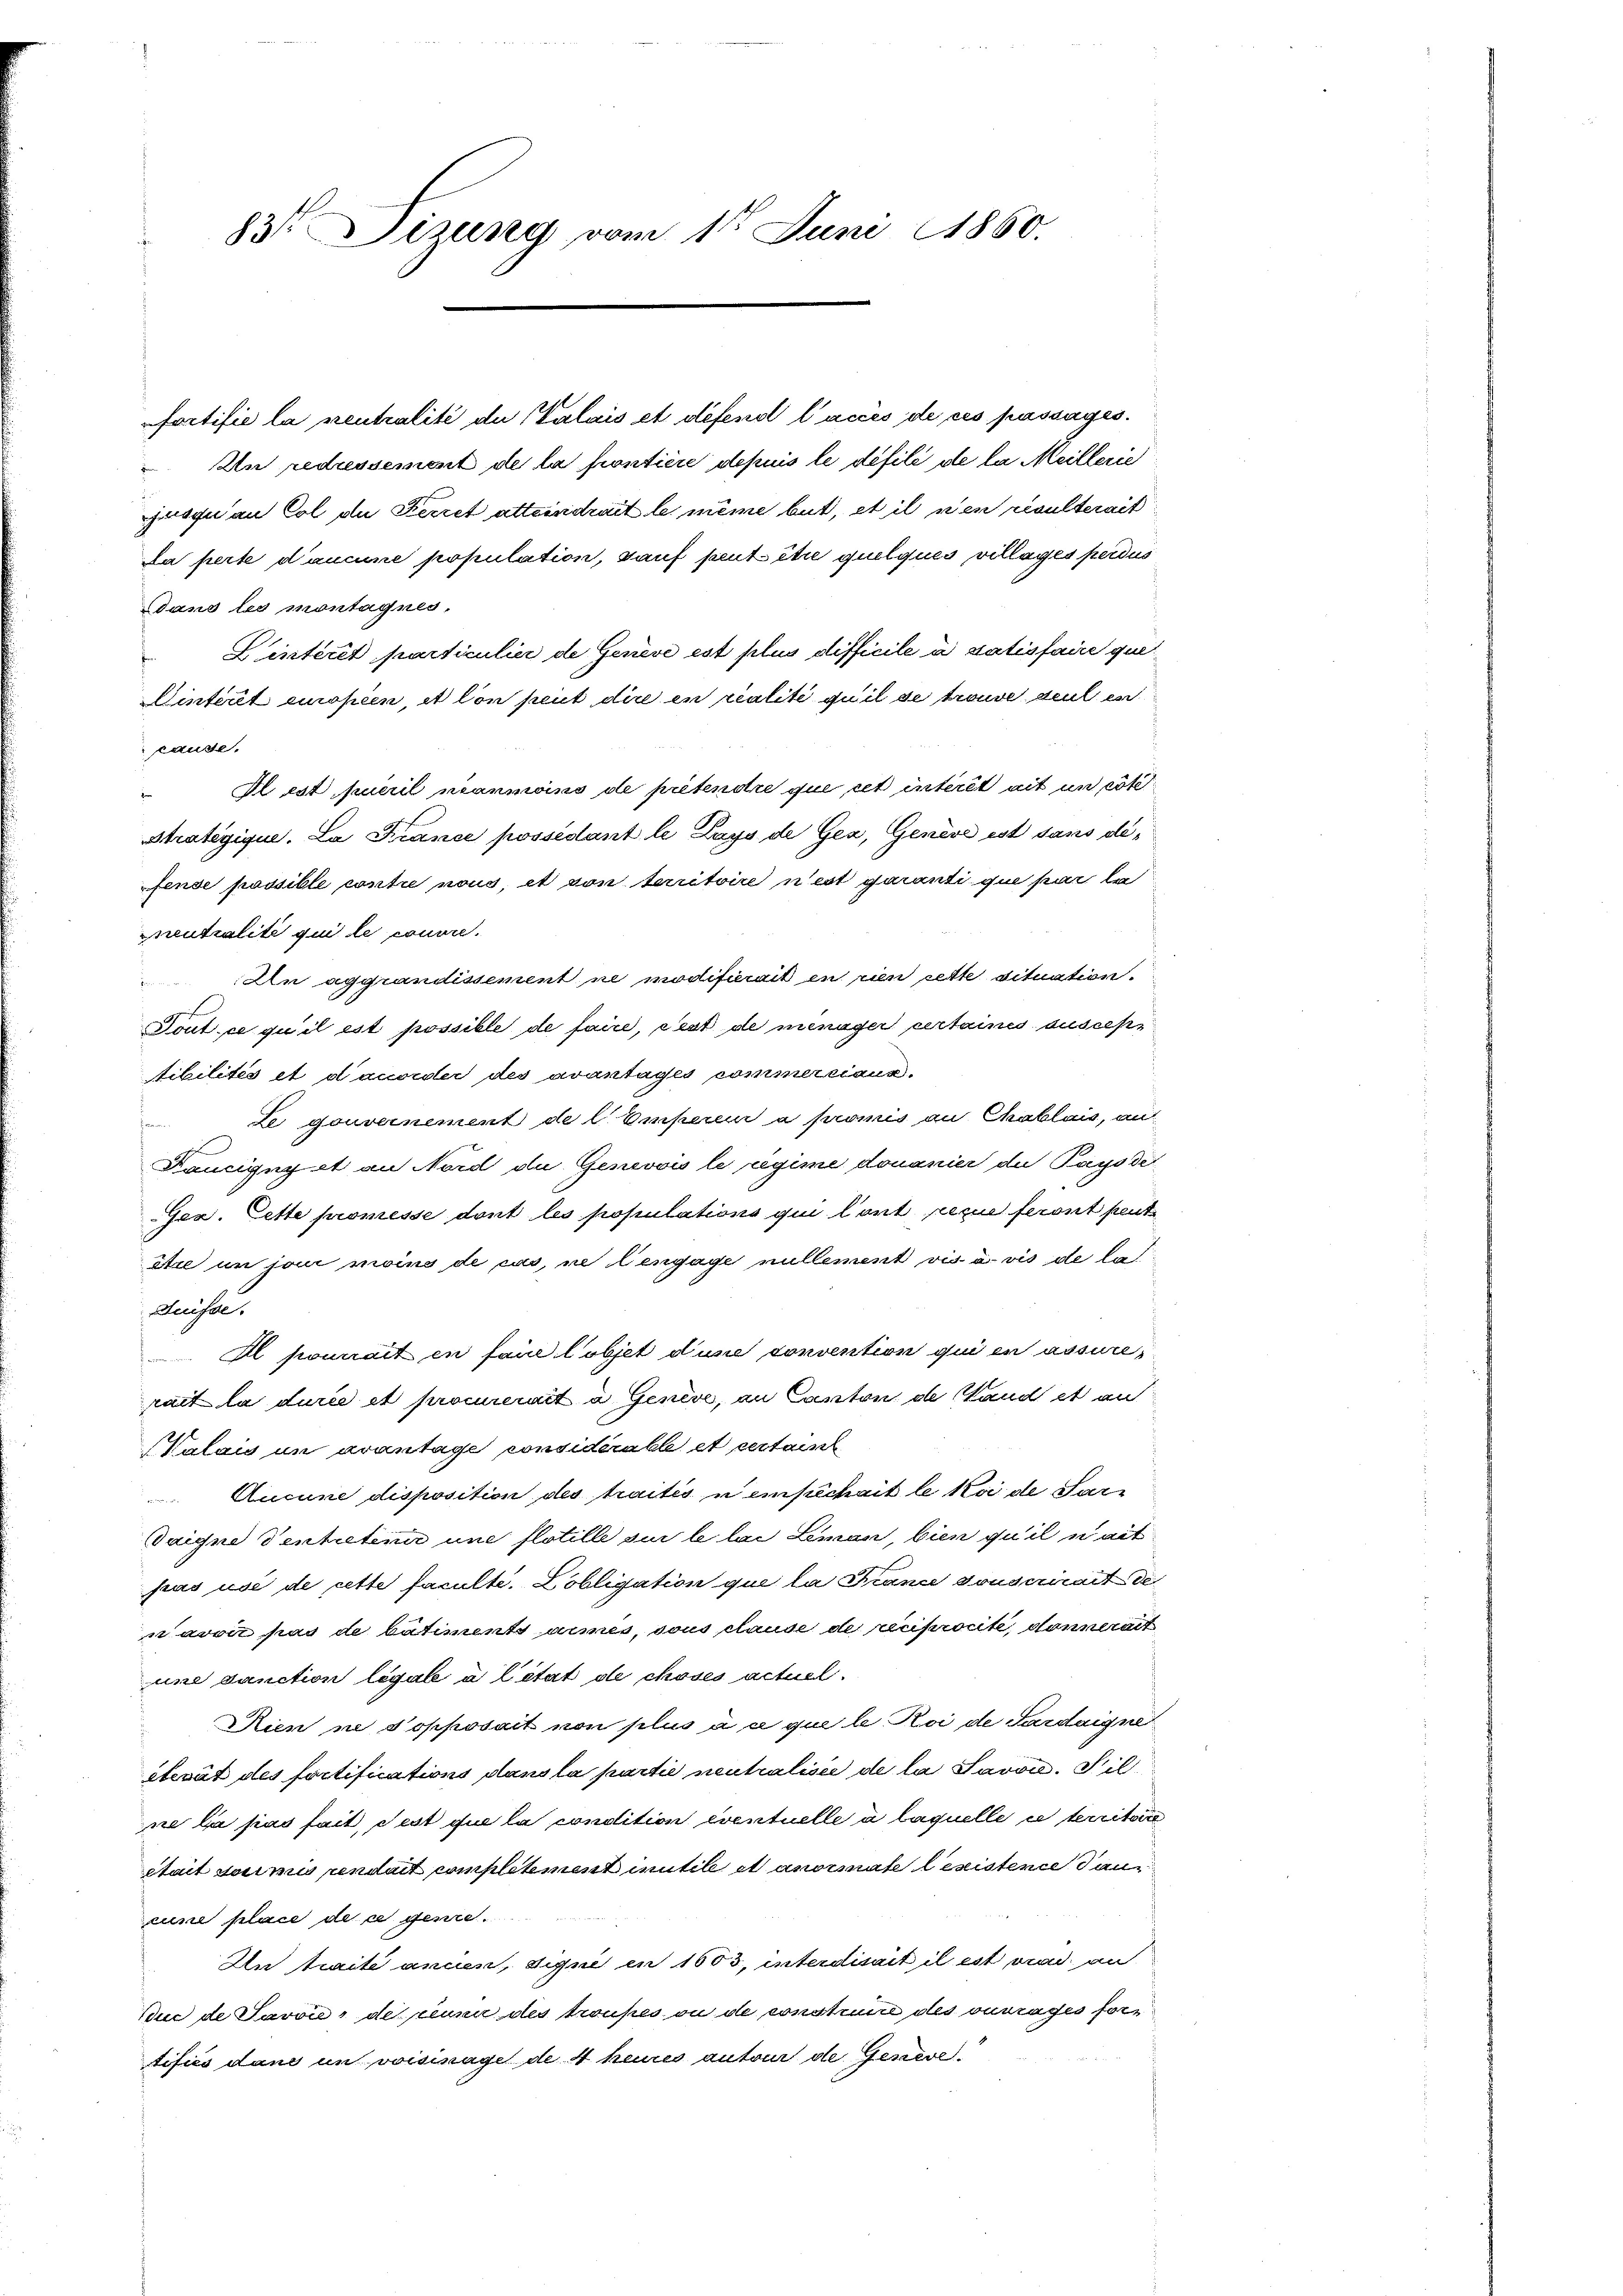
83 Sizung vom 1t Juni 1860.

fortifié la neutralité du Valais et défend l’accès de ces passages.
An redissement de la fontiere depuis le defile de la Meillerie
Iusquan Col die Ferret atteindrait le même but, et il nen resulterait
Da perte d’aucune population, sauf peut être quelques, villages perdus
Dans les montagnes,
Linterit particulier de Genève est plus difficile à datisfaire que
Dinteret europeen, et lon peut dire en realité quil se trouve deul ei
cause.
Klest pueril néanmoins de pretendre que cet interet ait un col
Stratigique. La France possédant le Lays de Gex, Genève ist sans olefense possible contre nous, et von territoire n’est garanti que par la
neutralité qui le canon.
An aggrandissement ne modifierait en rien rette Situation.
Tout ce qu’il est possible de faire, cest de menager certaines susces¬
Aibilités et d’accorder des avantages commerciaux.
Le gouvernement de l. Empereur a promis an Chablais, auf
Foncigny et an Nord die Genevois le regime douaniert du Pays det
Ges. Cette promesse dont les populations qui ont recue feront peut
Are in ja moins de cas, ne lengage nullement vis a vis de las
duisse.
Al pouvait en faire lobjet d’une convention qui en assure
rait la durée et procurerait a Genève, an Canton de Stand et an
Valais in evantage considérable et certain
Aucune disposition des traités u einschait le loi de Par¬
Taigne Ventretenir une flotille sur le lai Leman, bien qu’il ait
pas us de cette faculté. Pobligation que la France souscrirait de
navoir pas de batiments armes, sous clause de reciprocite, donnerat
une danction légale à l’état de choses actuel
Wien ne s’opposait von plus a a que le Koi de Pardaigner
elevat des fortifications dans la partie neutralisie de la Savon. Silne la pas sait, Pest que la condition eventuelle à laquelle ce territor
stait soumis pendait completement inutile et anormate leistence dan
cune place de ce genie.
An traite anden, digne en 1603, interdisait il est ad an
duc de Javon, de ceux des troupes ou de construire des ouvrages fortifiés dans un voisinagel de 4 heines autour de Gesaeve)

u
t